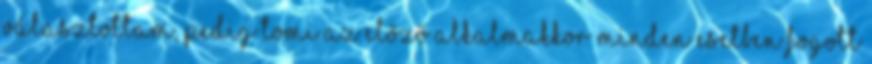
választottam, pedig Tomi az előző alkalmakkor minden esetben fogott